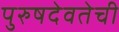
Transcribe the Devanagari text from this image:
पुरुषदेवतेची